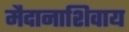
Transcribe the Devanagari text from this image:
मैदानाशिवाय